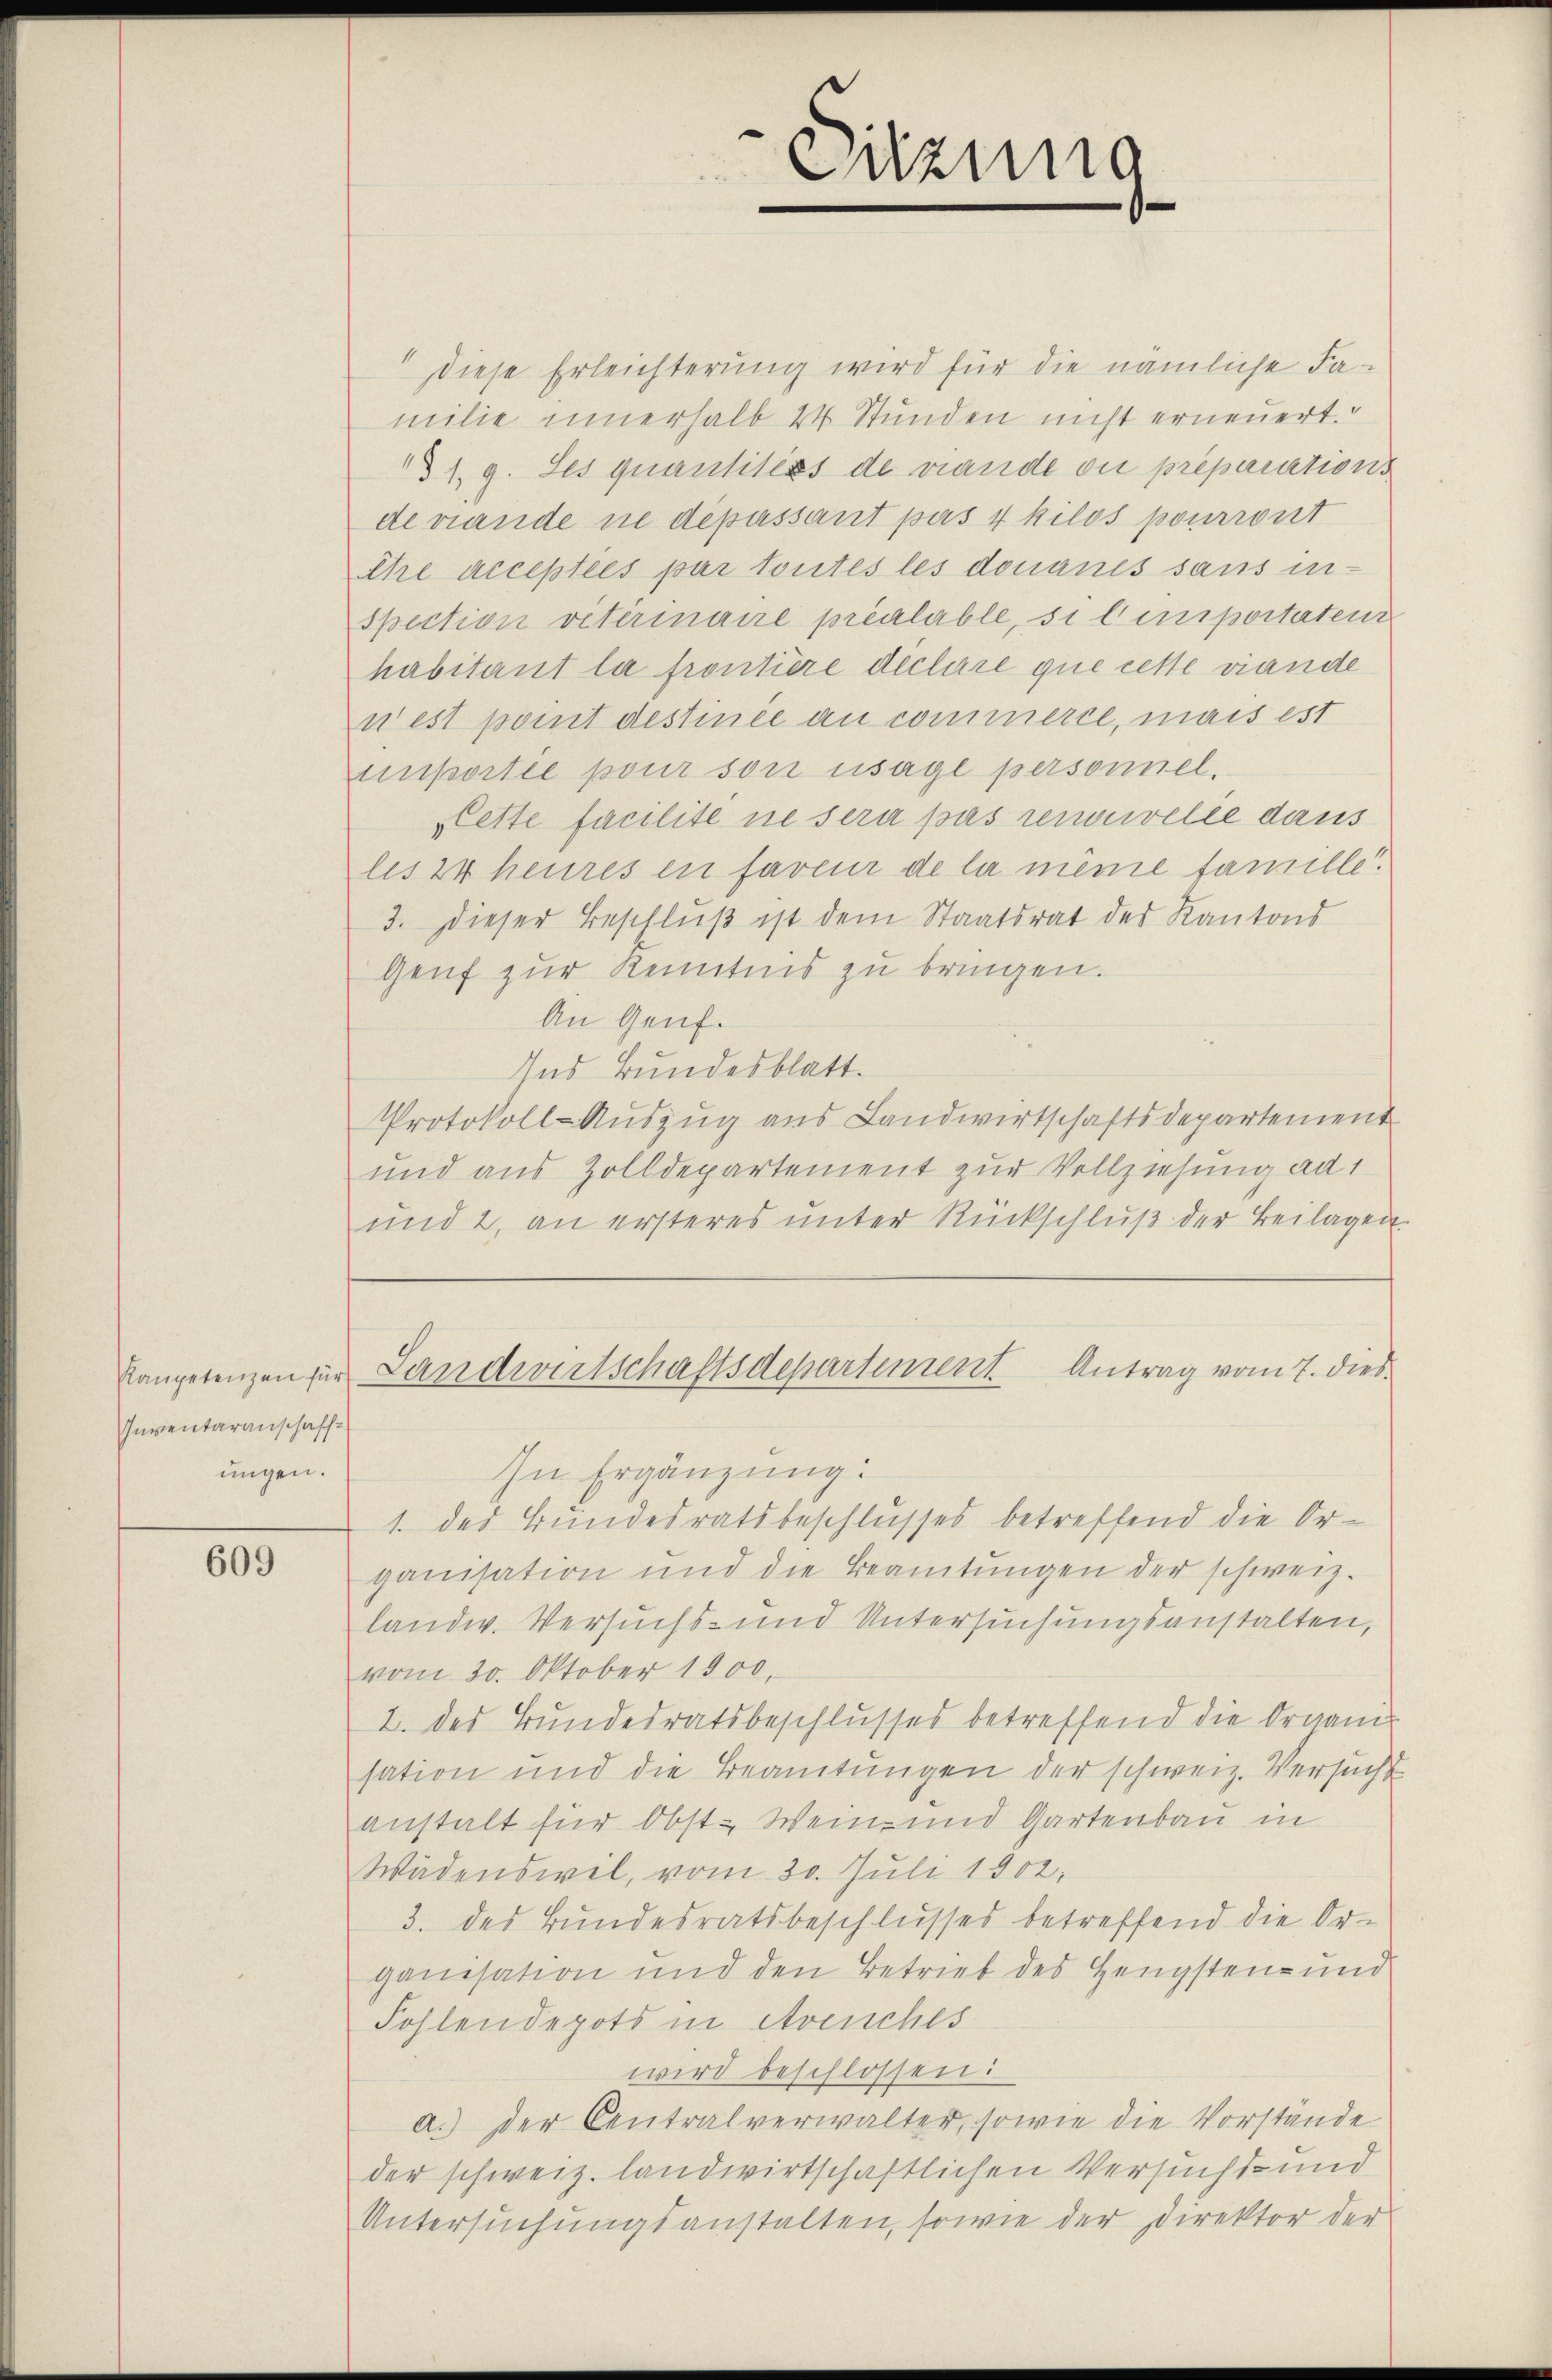
Kanpetenzen für
Inventaranschaff
ungen.

609

" diese Erleichterung wird für die nämliche Fa-
milie innerhalb 24 Stunden nicht erneuert.
§ 1. g. Les quantitéss de viande ou préparations
de wande ne dépassant pas 4 kilos pourront
Ehre acceptées par toutes les donaues sans inspection veterinaire préalable, si temportetenz
habitant la frontiere déclare que cette viande
n est point destinée au commerce, mais est
unportée pour son usage personnel.
Cette facilite ne sera pas renouvelée dans
lis 24 heures en faveur de la meine famille.
3. Dieser Beschluß ist dem Staatsrat des Kantons
Genf zur Kenntnis zu bringen.
An Genf.
Ins Bundesblatt.
Protokoll-Auszug aus Landwirtschaftsdepartement
und aus Zolldepartement zur Vollziehung ad 1
und 2, an ersteres ŭnter Rückschlŭβ der Beilagen.
Landwirtschaftsdepartement Antrag vom 7. dies
In Ergänzung:
1. des Bundesratsbeschlusses betreffend die Organisation und die Beamtungen der schweiz.
landw. Versuchs- und Untersuchungsanstalten,
vom 30. Oktober 1900,
2. des Bundesratsbeschlusses betreffend die Ornam
sation und die Beamtungen der schweiz. Versucht
anstalt für Obst-Wein- und Gartenbau in
Wädenswil, vom 30. Juli 1902,
3. des Bundesratsbeschlusses betreffend die Organisation und den Betrieb des Hengsten- und
Fohlendepots in Avenches
wird beschlossen:
a.) der Centralverwalter, sowie die Vorstände
der schweiz. landwirtschaftlichen Versucht- und
Untersuchungsanstalten, sowie der Direktor der

Sitzung
¬